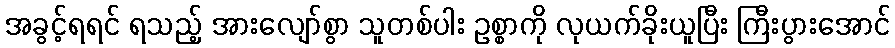
အခွင့်ရရင် ရသည့် အားလျော်စွာ သူတစ်ပါး ဥစ္စာကို လုယက်ခိုးယူပြီး ကြီးပွားအောင်